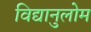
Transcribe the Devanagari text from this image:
विद्यानुलोम